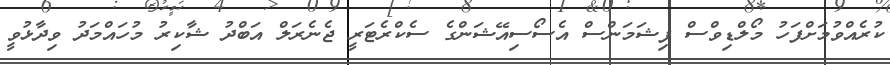
ކުރެއްވުމަށްފަހު މޯލްޑިވްސް ފިޝަމަންސް އެސޯސިއޭޝަންގެ ސެކްރެޓަރީ ޖެނެރަލް އަބްދު ޝާކިރު މުހައްމަދު ވިދާޅުވީ